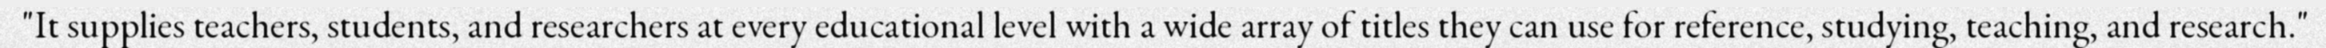
"It supplies teachers, students, and researchers at every educational level with a wide array of titles they can use for reference, studying, teaching, and research."